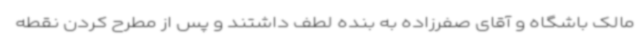
مالک باشگاه و آقای صفرزاده به بنده لطف داشتند و پس از مطرح کردن نقطه